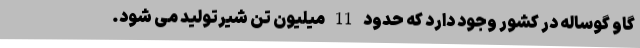
گاو گوساله در کشور وجود دارد که حدود 11 میلیون تن شیرتولید می شود.